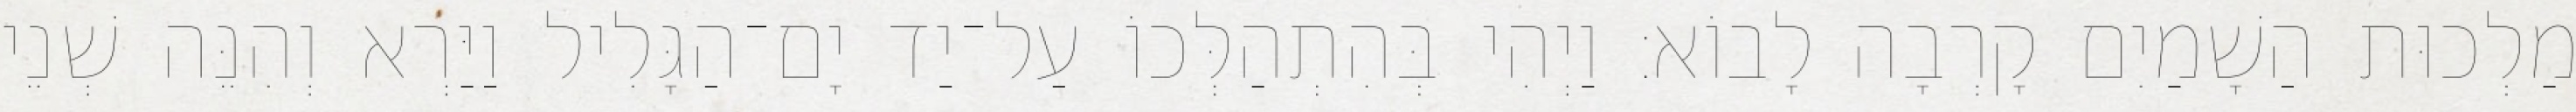
מַלְכוּת הַשָׁמַיִם קָרְבָה לָבוֹא׃ וַיְהִי בְּהִתְהַלְּכוֹ עַל־יַד יָם־הַגָּלִיל וַיַּרְא וְהִנֵּה שְׁנֵי